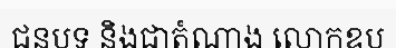
ជនបទ និងជាតំណាង លោកឧប